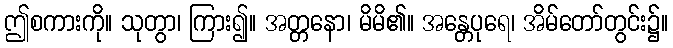
ဤစကားကို။ သုတွာ၊ ကြား၍။ အတ္တနော၊ မိမိ၏။ အန္တေပုရေ၊ အိမ်တော်တွင်း၌။